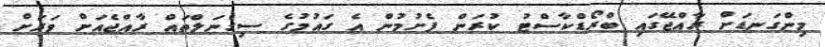
މިންގަނޑަށް ރާއްޖޭގައި ބްރޯޑްކާސްޓު ކުރަން ފެށުމުން އެ ގައުމުގެ ސިގްނަލްތައް ރާއްޖެއަށް ވަރަށް